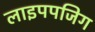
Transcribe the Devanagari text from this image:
लाइपपजिग